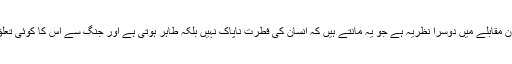
جبکہ ان مقابلے میں دوسرا نظریہ ہے جو یہ مانتے ہیں کہ انسان کی فطرت ناپاک نہیں بلکہ طاہر ہوتی ہے اور جنگ سے اس کا کوئی تعلق نہیں۔